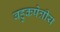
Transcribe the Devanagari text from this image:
बहुकषेत्रीय